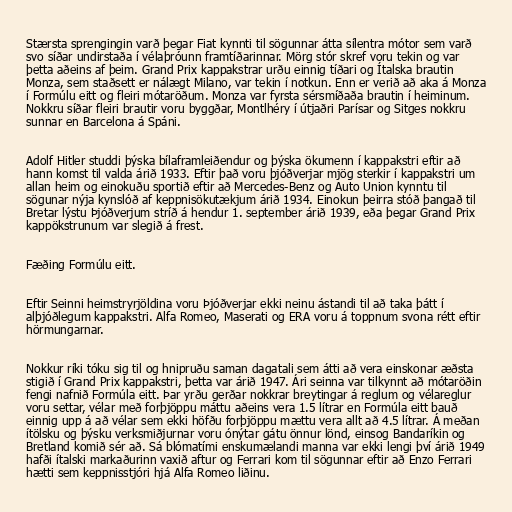
Stærsta sprengingin varð þegar Fiat kynnti til sögunnar átta sílentra mótor sem varð
svo síðar undirstaða í vélaþróunn framtíðarinnar. Mörg stór skref voru tekin og var
þetta aðeins af þeim. Grand Prix kappakstrar urðu einnig tíðari og Ítalska brautin
Monza, sem staðsett er nálægt Milano, var tekin í notkun. Enn er verið að aka á Monza
í Formúlu eitt og fleiri mótaröðum. Monza var fyrsta sérsmíðaða brautin í heiminum.
Nokkru síðar fleiri brautir voru byggðar, Montlhéry í útjaðri Parísar og Sitges nokkru
sunnar en Barcelona á Spáni.

Adolf Hitler studdi þýska bílaframleiðendur og þýska ökumenn í kappakstri eftir að
hann komst til valda árið 1933. Eftir það voru þjóðverjar mjög sterkir í kappakstri um
allan heim og einokuðu sportið eftir að Mercedes-Benz og Auto Union kynntu til
sögunar nýja kynslóð af keppnisökutækjum árið 1934. Einokun þeirra stóð þangað til
Bretar lýstu Þjóðverjum stríð á hendur 1. september árið 1939, eða þegar Grand Prix
kappökstrunum var slegið á frest.

Fæðing Formúlu eitt.

Eftir Seinni heimstryrjöldina voru Þjóðverjar ekki neinu ástandi til að taka þátt í
alþjóðlegum kappakstri. Alfa Romeo, Maserati og ERA voru á toppnum svona rétt eftir
hörmungarnar.

Nokkur ríki tóku sig til og hnipruðu saman dagatali sem átti að vera einskonar æðsta
stigið í Grand Prix kappakstri, þetta var árið 1947. Ári seinna var tilkynnt að mótaröðin
fengi nafnið Formúla eitt. Þar yrðu gerðar nokkrar breytingar á reglum og vélareglur
voru settar, vélar með forþjöppu máttu aðeins vera 1.5 lítrar en Formúla eitt bauð
einnig upp á að vélar sem ekki höfðu forþjöppu mættu vera allt að 4.5 lítrar. Á meðan
ítölsku og þýsku verksmiðjurnar voru ónýtar gátu önnur lönd, einsog Bandaríkin og
Bretland komið sér að. Sá blómatími enskumælandi manna var ekki lengi því árið 1949
hafði ítalski markaðurinn vaxið aftur og Ferrari kom til sögunnar eftir að Enzo Ferrari
hætti sem keppnisstjóri hjá Alfa Romeo liðinu.